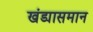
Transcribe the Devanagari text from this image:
खंड्यासमान